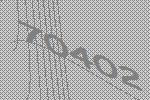
70402